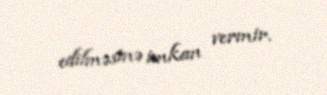
edilməsinə imkan vermir.